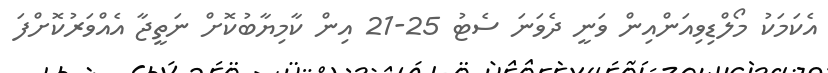
އެކަމަކު މޯލްޑިވިއަންއިން ވަނީ ދެވަނަ ސެޓު 25-21 އިން ކާމިޔާބުކޮށް ނަތީޖާ އެއްވަރުކޮށްފަ